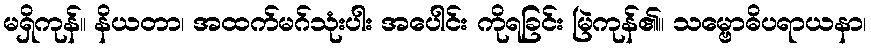
မရှိကုန်။ နိယတာ၊ အထက်မဂ်သုံးပါး အပေါင်း ကိုရခြင်း မြဲကုန်၏။ သမ္ဗောဓိပရာယနာ၊